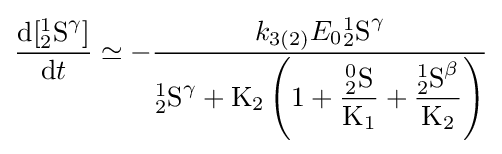
{\frac {{\mathrm {d} }[{^{1}_{2}}{\ce {S}}^{\gamma }]}{{\mathrm {d} }t}}\simeq -{\frac {{k}_{3(2)}E_{0}{^{1}_{2}}{\ce {S}}^{\gamma }}{^{1}_{2}{\ce {S}}^{\gamma }+{\mathrm {K} {\vphantom {A}}_{\smash[{t}]{2}}}\left(1+{\dfrac {{^{0}_{2}}{\ce {S}}}{\mathrm {K} {\vphantom {A}}_{\smash[{t}]{1}}}}+{\dfrac {{^{1}_{2}}{\ce {S}}^{\beta }}{\mathrm {K} {\vphantom {A}}_{\smash[{t}]{2}}}}\right)}}